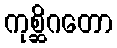
ကုစ္ဆိဂတော